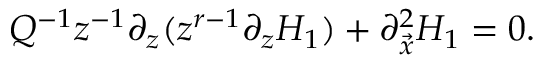
Q ^ { - 1 } z ^ { - 1 } \partial _ { z } ( z ^ { r - 1 } \partial _ { z } H _ { 1 } ) + \partial _ { \vec { x } } ^ { 2 } H _ { 1 } = 0 .